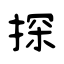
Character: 探